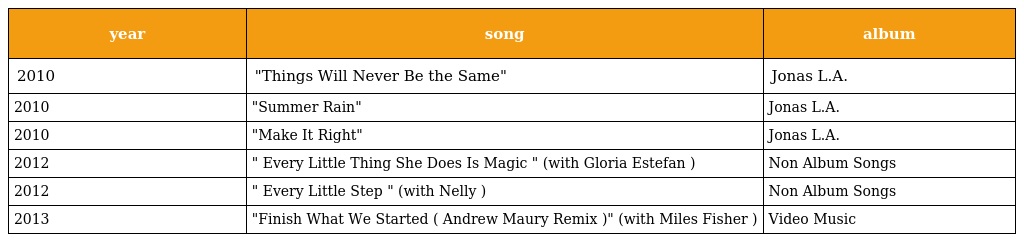
| year | song | album |
 | --- | --- | --- |
 | 2010 | "Things Will Never Be the Same" | Jonas L.A. |
 | 2010 | "Summer Rain" | Jonas L.A. |
 | 2010 | "Make It Right" | Jonas L.A. |
 | 2012 | " Every Little Thing She Does Is Magic " (with Gloria Estefan ) | Non Album Songs |
 | 2012 | " Every Little Step " (with Nelly ) | Non Album Songs |
 | 2013 | "Finish What We Started ( Andrew Maury Remix )" (with Miles Fisher ) | Video Music |